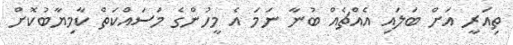
ތިއަރީ އަށް ބަލައި އެއްޗެއް ބުނާ ނަމަ އެ މީހުންގެ މަސައްކަތް ކާމިޔާބުކޮށް